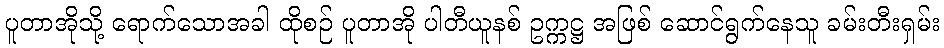
ပူတာအိုသို့ ရောက်သောအခါ ထိုစဉ် ပူတာအို ပါတီယူနစ် ဥက္ကဋ္ဌ အဖြစ် ဆောင်ရွက်နေသူ ခမ်းတီးရှမ်း